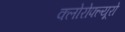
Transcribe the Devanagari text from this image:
क्लोरोफ्ल्यूरो